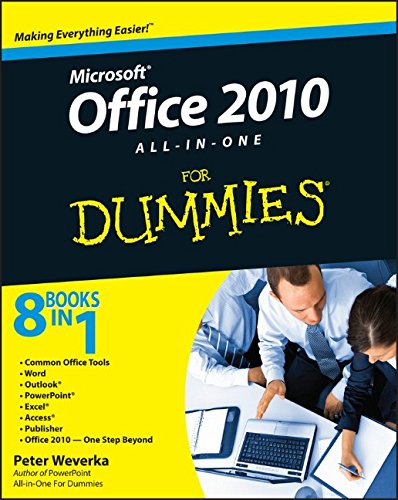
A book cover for Office 2010 All-in-One For Dummies; Peter Weverka; Computers & Technology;